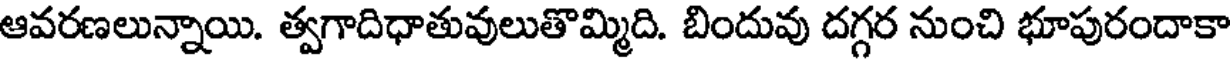
ఆవరణలున్నాయి. త్వగాదిధాతువులుతొమ్మిది. బిందువు దగ్గర నుంచి భూపురందాకా